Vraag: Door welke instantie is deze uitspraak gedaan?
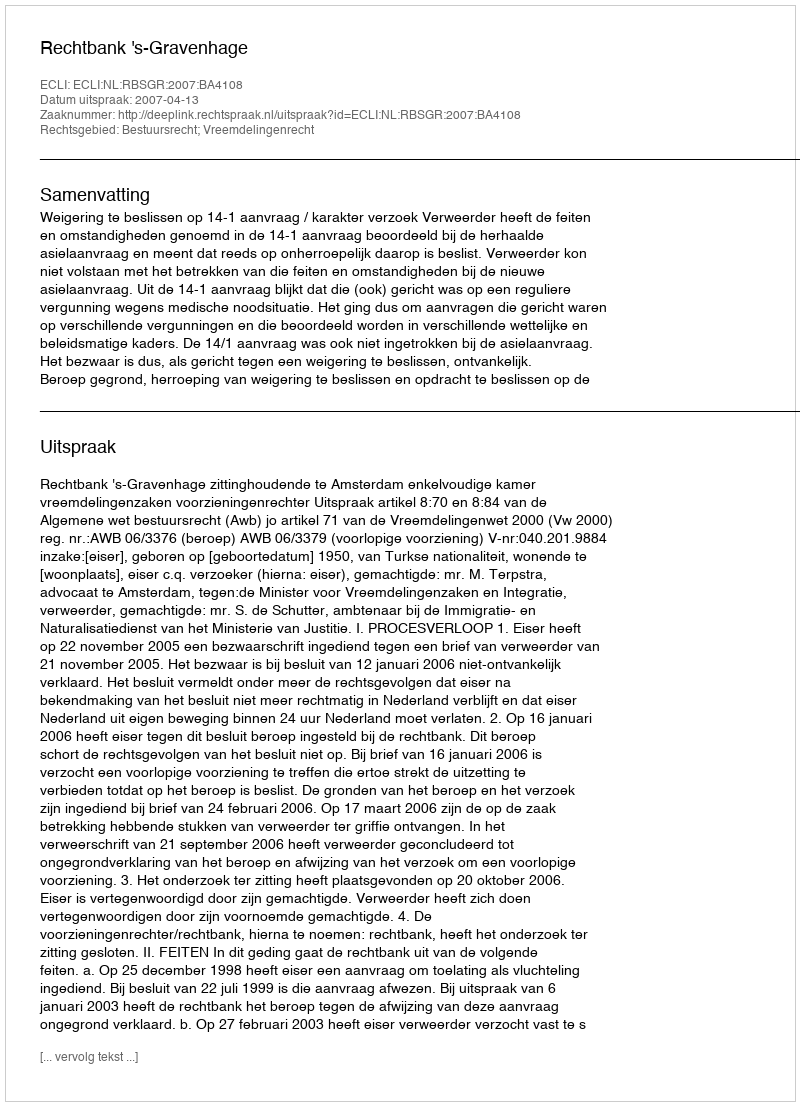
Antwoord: Rechtbank 's-Gravenhage